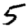
Digit: 5